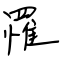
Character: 罹